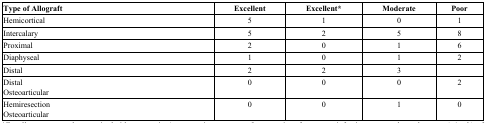
<table><thead><tr><td><b>Type of Allograft</b></td><td><b>Excellent</b></td><td><b>Excellent*</b></td><td><b>Moderate</b></td><td><b>Poor</b></td></tr></thead><tbody><tr><td>Hemicortical</td><td>5</td><td>1</td><td>0</td><td>1</td></tr><tr><td>Intercalary</td><td>5</td><td>2</td><td>5</td><td>8</td></tr><tr><td>Proximal</td><td>2</td><td>0</td><td>1</td><td>6</td></tr><tr><td>Diaphyseal</td><td>1</td><td>0</td><td>1</td><td>2</td></tr><tr><td>Distal</td><td>2</td><td>2</td><td>3</td><td></td></tr><tr><td>Distal Osteoarticular</td><td>0</td><td>0</td><td>0</td><td>2</td></tr><tr><td>Hemiresection Osteoarticular</td><td>0</td><td>0</td><td>1</td><td>0</td></tr></tbody></table>